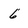
Character: 6